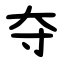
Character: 夺